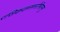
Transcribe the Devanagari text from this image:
रसिकजनमनोभिराममु